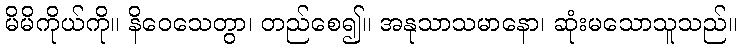
မိမိကိုယ်ကို။ နိဝေသေတွာ၊ တည်စေ၍။ အနုသာသမာနော၊ ဆုံးမသောသူသည်။